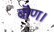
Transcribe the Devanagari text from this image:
बॅाण।